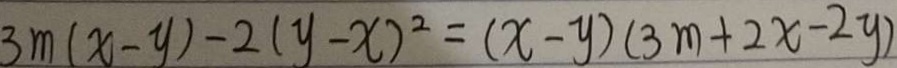
3 m ( x - y ) - 2 ( y - x ) ^ { 2 } = ( x - y ) ( 3 m + 2 x - 2 y )